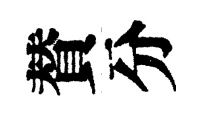
賛分